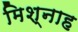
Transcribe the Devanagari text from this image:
मिश्नाह